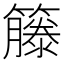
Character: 籐